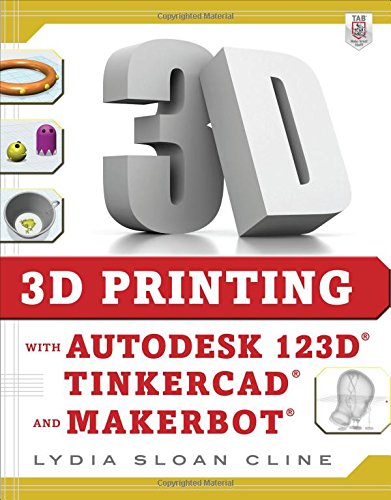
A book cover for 3D Printing with Autodesk 123D, Tinkercad, and MakerBot; Lydia Cline; Engineering & Transportation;